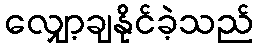
လျှော့ချနိုင်ခဲ့သည်